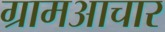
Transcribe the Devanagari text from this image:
ग्रामआचार